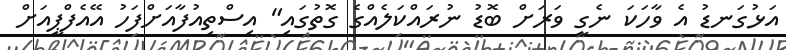
އަޅުގަނޑު އެ ވާހަކަ ނެގީ ވަރަށް ބޮޑު ނުރައްކަލެއްގެ ގޮތުގައި" އިސްތިއުފާއަށްފަހު އޭއެފްޕީއަށް